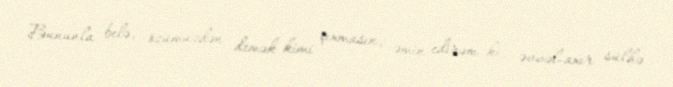
Bununla belə, özümüzdən demək kimi çıxmasın, əmin edirəm ki, əvvəl-axır sülhə